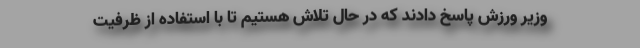
وزیر ورزش پاسخ دادند که در حال تلاش هستیم تا با استفاده از ظرفیت‌